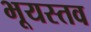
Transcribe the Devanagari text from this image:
भूयस्तव